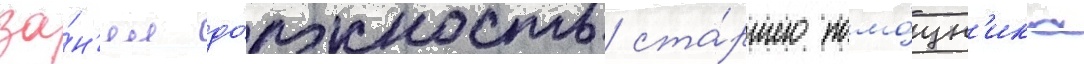
за́н'ял до́лжность ста́ршего помо́щн'ика